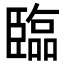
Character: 臨